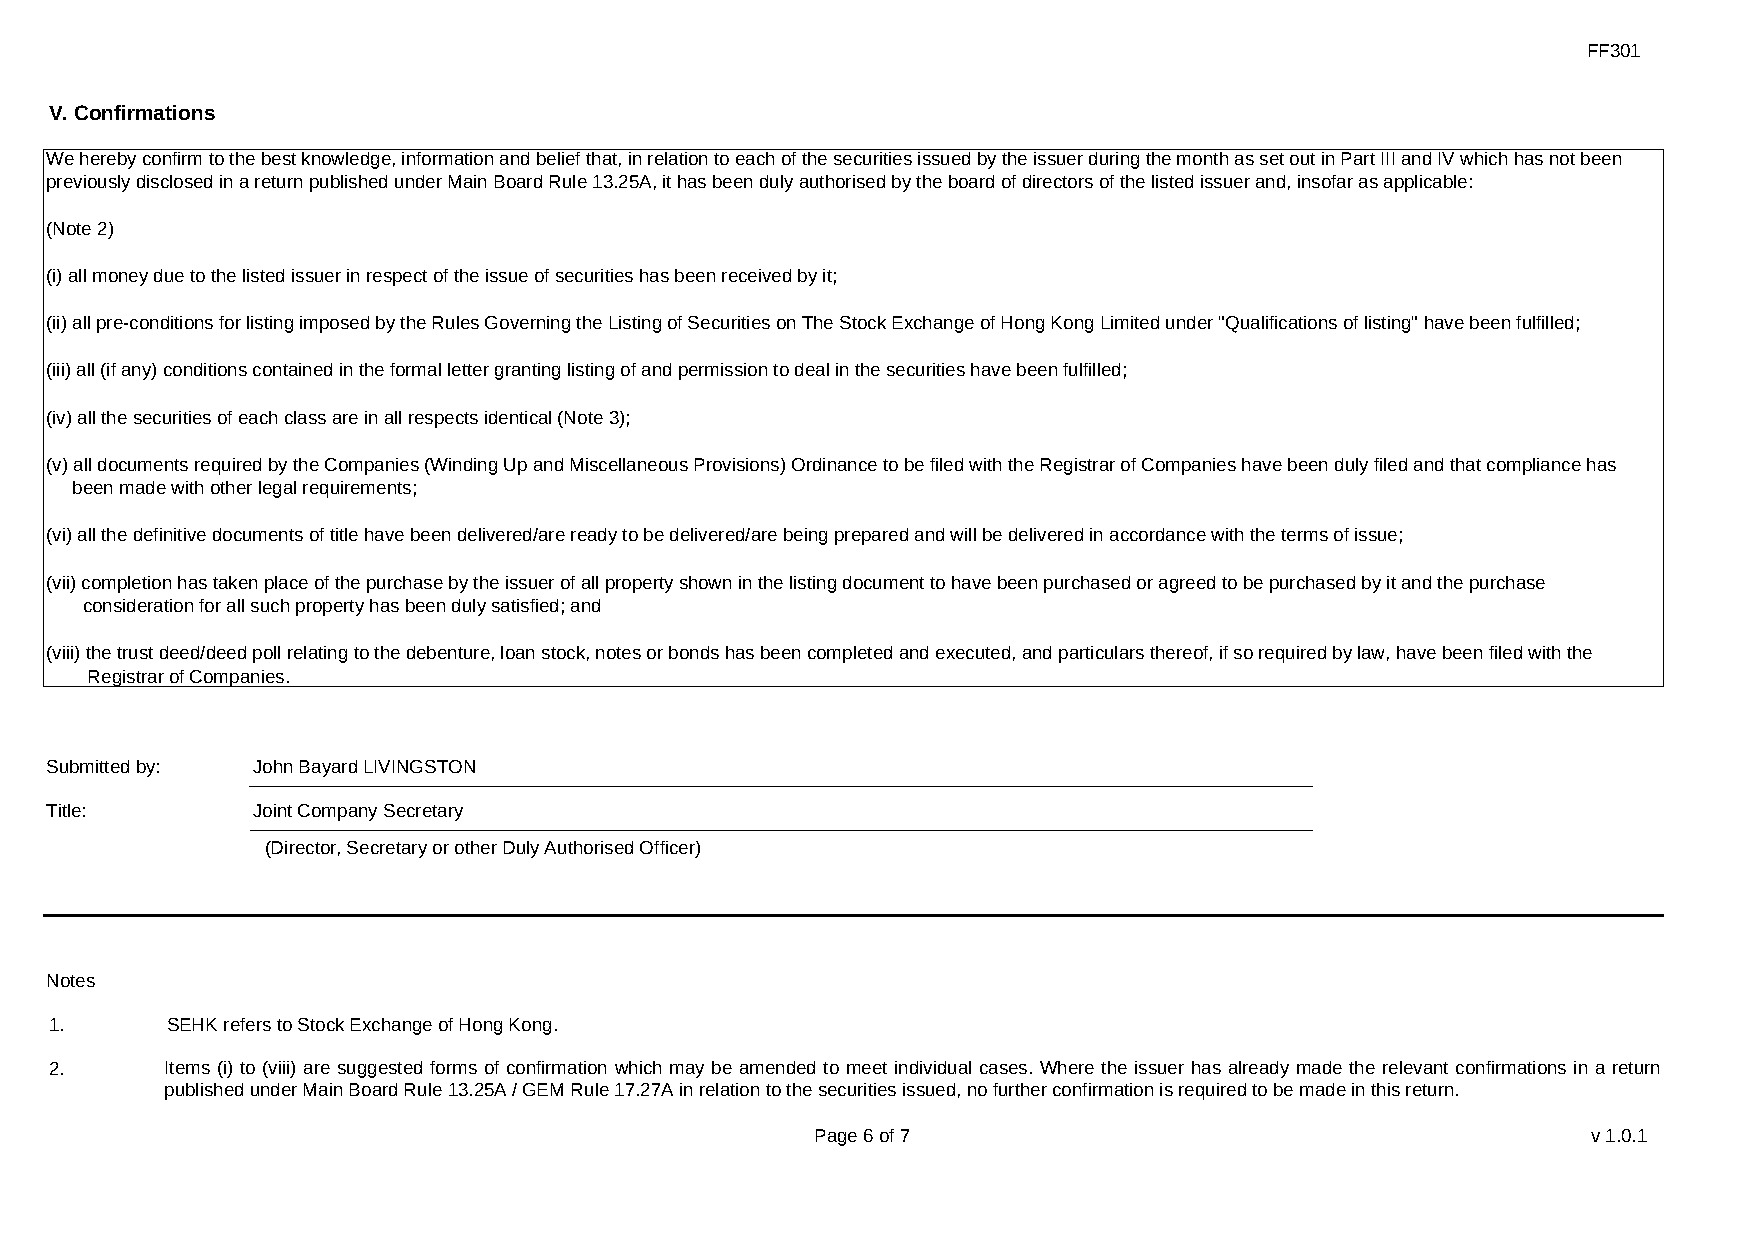
FF301
 V. Confirmations
 We hereby confirm to the best knowledge, information and belief that, in relation to each of the securities issued by the issuer during the month as set out in Part III and IV which has not been
 previously disclosed in a return published under Main Board Rule 13.25A, it has been duly authorised by the board of directors of the listed issuer and, insofar as applicable:
 (Note 2)
 (i) all money due to the listed issuer in respect of the issue of securities has been received by it;
 (ii) all pre-conditions for listing imposed by the Rules Governing the Listing of Securities on The Stock Exchange of Hong Kong Limited under "Qualifications of listing" have been fulfilled;
 (iii) all (if any) conditions contained in the formal letter granting listing of and permission to deal in the securities have been fulfilled;
 (iv) all the securities of each class are in all respects identical (Note 3);
 (v) all documents required by the Companies (Winding Up and Miscellaneous Provisions) Ordinance to be filed with the Registrar of Companies have been duly filed and that compliance has
 been made with other legal requirements;
 (vi) all the definitive documents of title have been delivered/are ready to be delivered/are being prepared and will be delivered in accordance with the terms of issue;
 (vii) completion has taken place of the purchase by the issuer of all property shown in the listing document to have been purchased or agreed to be purchased by it and the purchase
 consideration for all such property has been duly satisfied; and
 (viii) the trust deed/deed poll relating to the debenture, loan stock, notes or bonds has been completed and executed, and particulars thereof, if so required by law, have been filed with the
 Registrar of Companies.
 Submitted by: John Bayard LIVINGSTON
 Title:        Joint Company Secretary
 (Director, Secretary or other Duly Authorised Officer)
 Notes
 1.      SEHK refers to Stock Exchange of Hong Kong.
 2.      Items (i) to (viii) are suggested forms of confirmation which may be amended to meet individual cases. Where the issuer has already made the relevant confirmations in a return
 published under Main Board Rule 13.25A / GEM Rule 17.27A in relation to the securities issued, no further confirmation is required to be made in this return.
 Page 6 of 7                                        v1.0.1